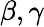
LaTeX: \beta,\gamma